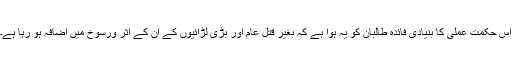
اس حکمت عملی کا بنیادی فائدہ طالبان کو یہ ہوا ہے کہ بغیر قتل عام اور بڑی لڑائیوں کے ان کے اثر ورسوخ میں اضافہ ہو رہا ہے۔